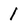
Character: 1